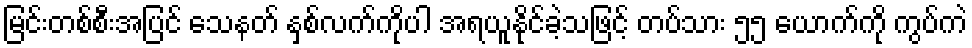
မြင်းတစ်စီးအပြင် သေနတ် နှစ်လက်ကိုပါ အရယူနိုင်ခဲ့သဖြင့် တပ်သား ၅၅ ယောက်ကို ကွပ်ကဲ